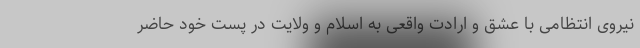
نیروی انتظامی با عشق و ارادت واقعی به اسلام و ولایت در پست خود حاضر